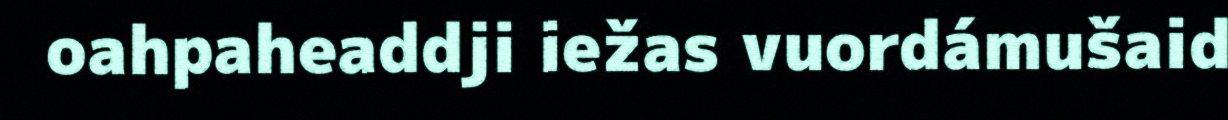
oahpaheaddji iežas vuordámušaid